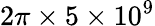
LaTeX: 2\pi\times 5\times 10^{9}